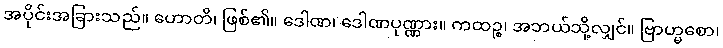
အပိုင်းအခြားသည်။ ဟောတိ၊ ဖြစ်၏။ ဒေါဏ၊ ဒေါဏပုဏ္ဏား။ ကထဉ္စ၊ အဘယ်သို့လျှင်။ ဗြာဟ္မစော၊